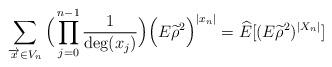
LaTeX: \begin{align*}\sum_{\overrightarrow{x}\in V_n}\Big(\prod_{j=0}^{n-1}\frac{1}{\deg(x_j)}\Big)\Big(E{\widetilde{\rho}}^2\Big)^{|x_n|}=\widehat{{E}}[(E{\widetilde{\rho}}^2)^{|X_n|}]\end{align*}